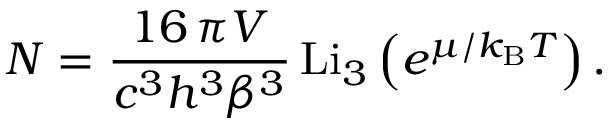
N = { \frac { 1 6 \, \pi V } { c ^ { 3 } h ^ { 3 } \beta ^ { 3 } } } \, \mathrm { L i } _ { 3 } \left( e ^ { \mu / k _ { \mathrm { { B } } } T } \right) .